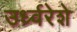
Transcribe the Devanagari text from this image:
उर्ध्वरेशे